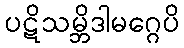
ပဋိသမ္ဘိဒါမဂ္ဂေပိ